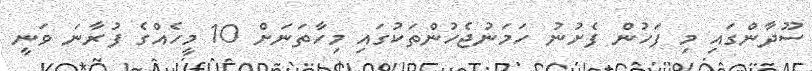
ސޫދާންގައި މި ފަހުން ފެށުނު ހަމަނުޖެހުންތަކުގައި މިހާތަނަށް 10 މީހެއްގެ ފުރާނަ ވަނީ